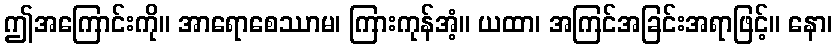
ဤအကြောင်းကို။ အာရောစေဿာမ၊ ကြားကုန်အံ့။ ယထာ၊ အကြင်အခြင်းအရာဖြင့်။ နော၊